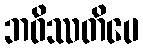
ဘဝိဿတိပေ